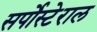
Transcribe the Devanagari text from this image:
सर्पोस्टेराल